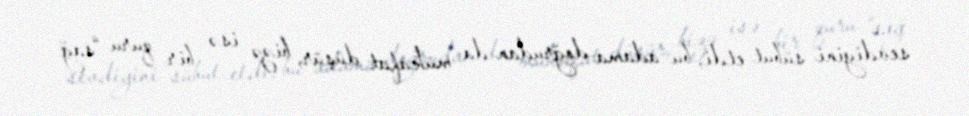
sevdiyini sübut etdi, bu adama doğrudan da mükafat düşür, bizə isə bir quru “sağ